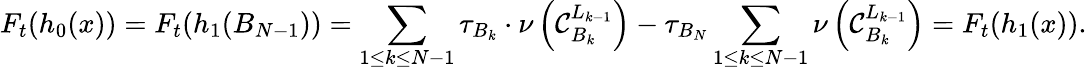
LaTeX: F_{t}(h_{0}(x))=F_{t}(h_{1}(B_{N-1}))=\sum_{1\leq k\leq N-1}\tau_{B_{k}}\cdot\nu\left(\mathcal{C}_{B_{k}}^{L_{k-1}}\right)-\tau_{B_{N}}\sum_{1\leq k\leq N-1}\nu\left(\mathcal{C}_{B_{k}}^{L_{k-1}}\right)=F_{t}(h_{1}(x)).